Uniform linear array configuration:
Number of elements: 48
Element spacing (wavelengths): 1
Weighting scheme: hamming
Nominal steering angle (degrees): -45
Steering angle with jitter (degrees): -45.427
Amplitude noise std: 0.05
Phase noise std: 0.05

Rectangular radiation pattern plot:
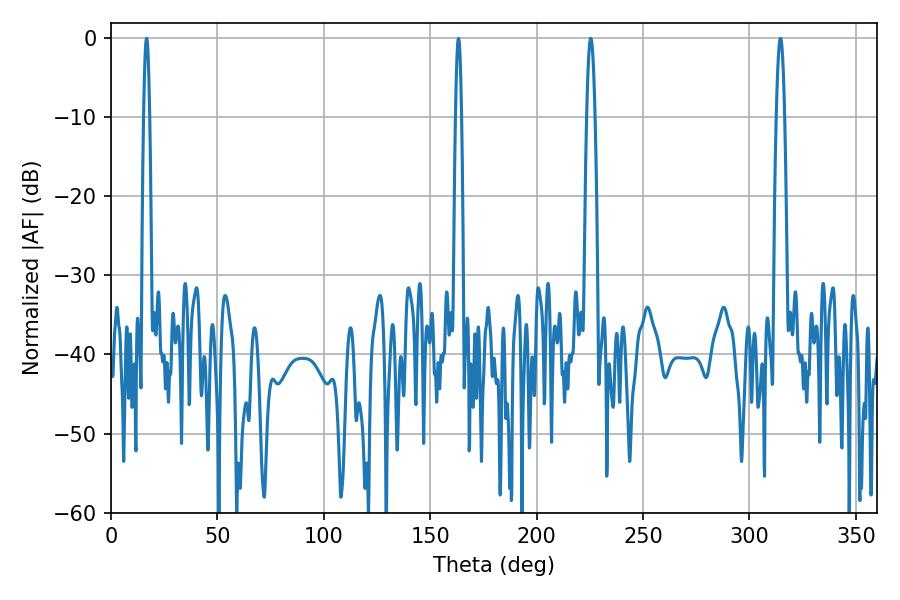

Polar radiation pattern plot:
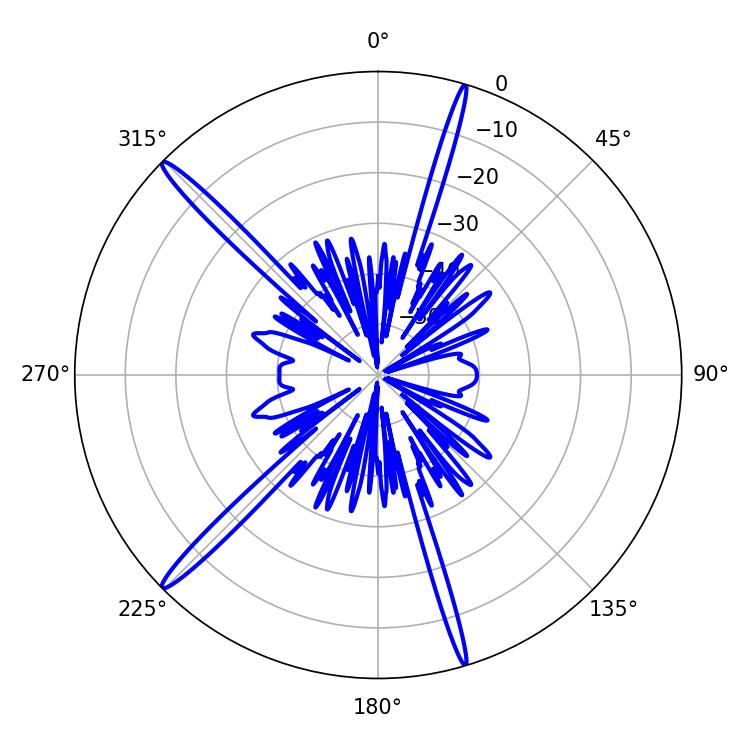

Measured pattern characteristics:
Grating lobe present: TRUE
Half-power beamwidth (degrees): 1.44
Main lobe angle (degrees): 16.74